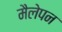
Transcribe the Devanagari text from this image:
मैलेपन